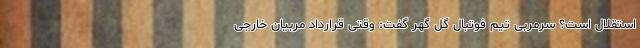
استقلال است؟ سرمربی تیم فوتبال گل گهر گفت: وقتی قرارداد مربیان خارجی